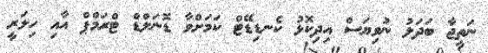
ނަތީޖާ ބަދަލު ނުވިޔަސް އިދިކޮޅު ކެނޑިޑޭޓް ކަމަށްވާ ޑޮނަލްޑް ޓްރަމްޕް އާއި ހިލަރީ